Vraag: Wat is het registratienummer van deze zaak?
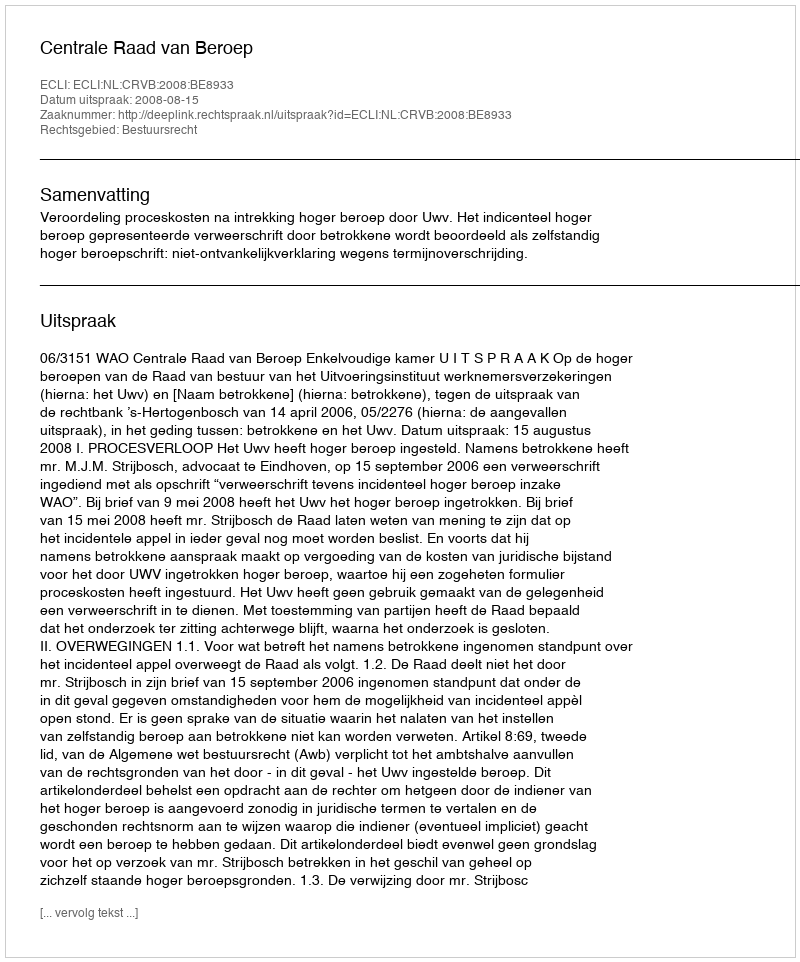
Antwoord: http://deeplink.rechtspraak.nl/uitspraak?id=ECLI:NL:CRVB:2008:BE8933